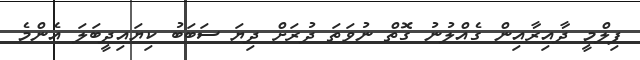
ފިލްމީ ދާއިރާއިން ގެއްލުނު ގޮތް ނުވަތަ ދުރަށް ދިޔަ ސަބަބު ކިޔައިދީބަލަ އެންމެ